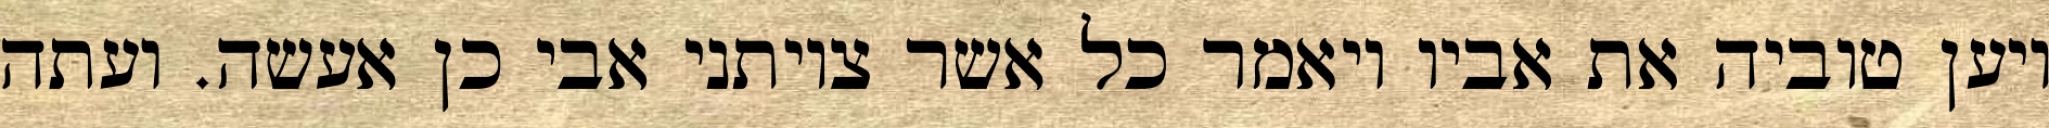
ויען טוביה את אביו ויאמר כל אשר צויתני אבי כן אעשה. ועתה